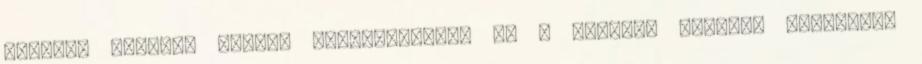
ötletek alapján akárki megismerheti, mi a részére legjobb megoldás.